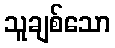
သူချစ်သော